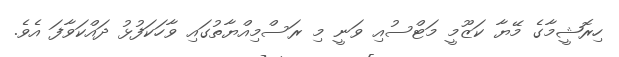
ހިރޮޝީމާގެ މޭޔާ ކަޒޫމީ މަޓްސުއި ވަނީ މި ރަސްމިއްޔާތުގައި ވާހަކަފުޅު ދައްކަވާފަ އެވެ.